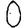
Digit: 0